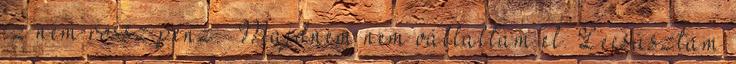
ez nem rossz pénz.” Majdnem nem vállaltam el. Lecsúsztam